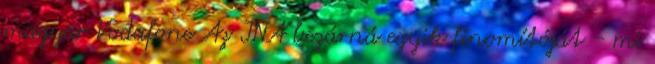
magyar Vodafone Az INA bezárná egyik finomítóját - mi